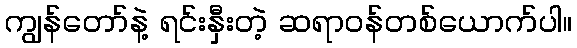
ကျွန်တော်နဲ့ ရင်းနှီးတဲ့ ဆရာဝန်တစ်ယောက်ပါ။